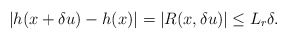
\begin{align*}|h(x+\delta u) - h(x)| = |R(x, \delta u)| \le L_r\delta.\end{align*}